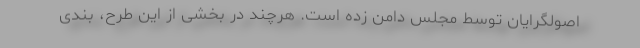
اصولگرایان توسط مجلس دامن زده است. هرچند در بخشی از این طرح، بندی